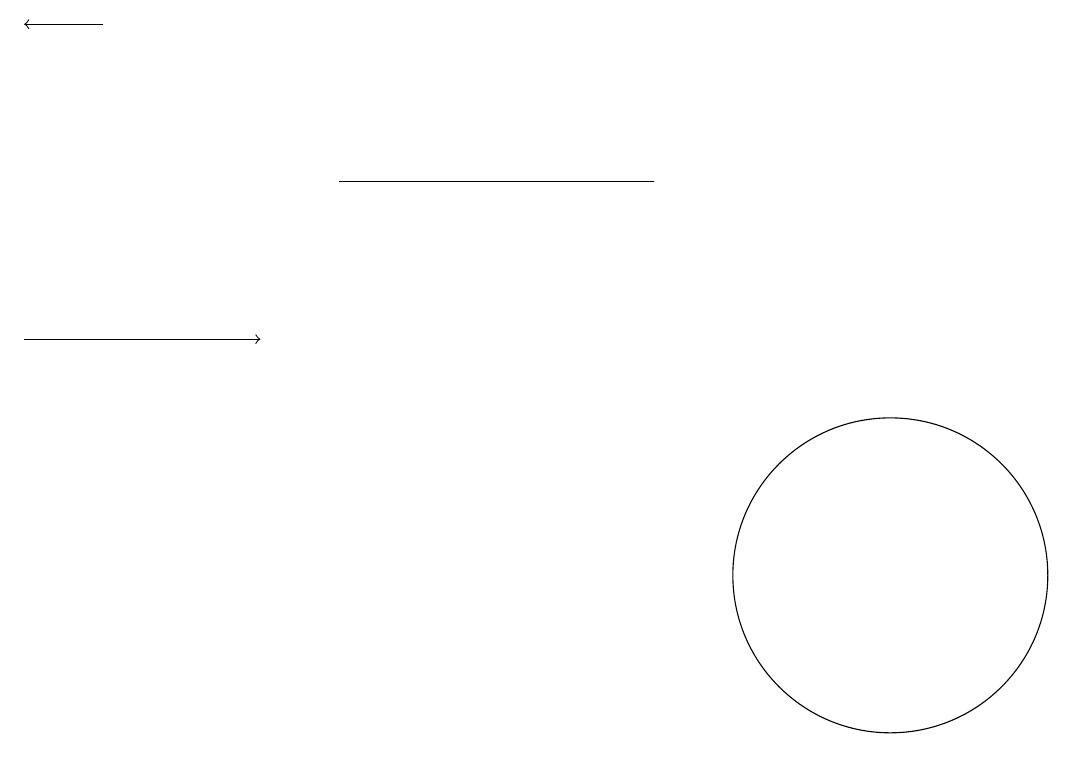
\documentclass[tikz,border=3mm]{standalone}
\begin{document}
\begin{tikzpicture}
\draw (11,11) circle (2);
\draw[->] (0,14) -- (3,14);
\draw (4,16) rectangle (8,16);
\draw[->] (1,18) -- (0,18);
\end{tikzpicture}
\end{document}